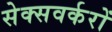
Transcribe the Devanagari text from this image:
सेक्सवर्करों